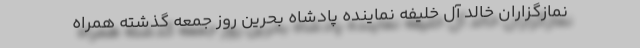
نمازگزاران خالد آل خلیفه نماینده پادشاه بحرین روز جمعه گذشته همراه